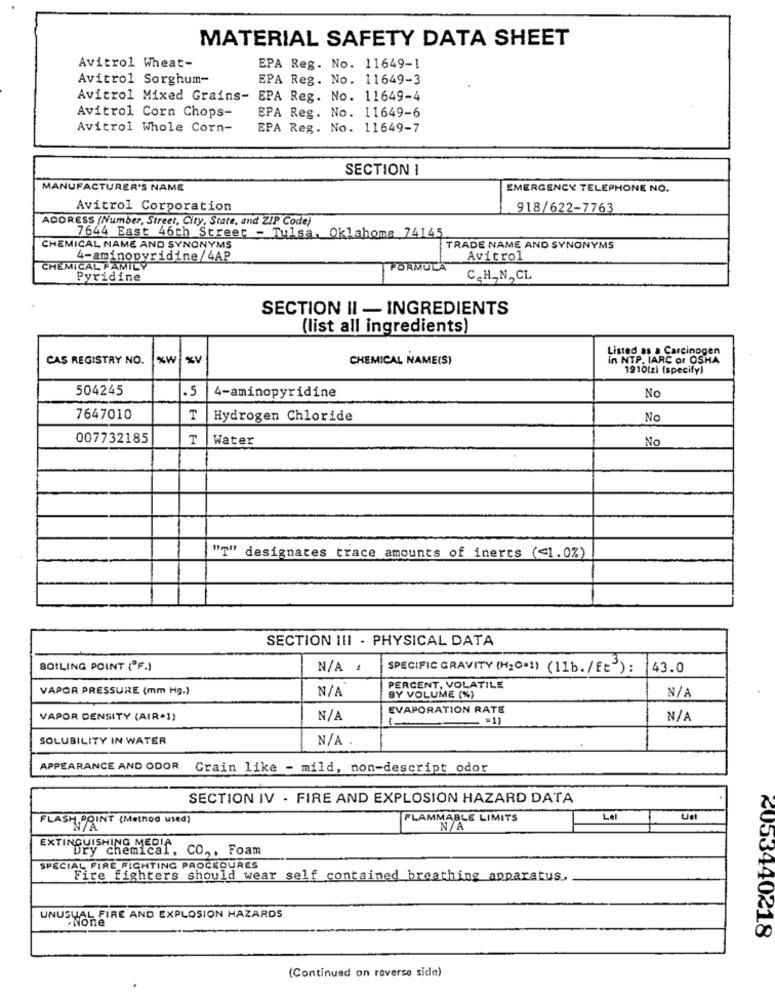
MATERIAL SAFETY DATA SHEET
Avitrol Wheat-
EPA Reg. No. 11649-1
Avitrol Sorghum-
EPA Reg. No. 11649-3
Avitrol Mixed Grains- EPA Reg. No. 11649-4
Avitrol Corn Chops-
EPA Reg. No. 11649-6
Avitrol Whole Corn-
EPA Reg. No. 11649-7
SECTION 1
MANUFACTURER'S NAME
EMERGENCY TELEPHONE NO.
Avitrol Corporation
918/622-7763
ADDRESS (Number, Street, City, State, and ZIP Code)
7644 East 46th Street - Tulsa, Oklahoma 74145
CHEMICAL NAME AND SYNONYMS
TRADE NAME AND SYNONYMS
4-aminopyridine/4AP
Avitrol
CHEMICAL FAMILY
FORMULA
Pyridine
C.HAN,CL
SECTION II - INGREDIENTS
(list all ingredients)
Listed as a Carcinogen
CAS REGISTRY NO.
xw
CHEMICAL NAME(S)
in NTP. IARC or OSHA
1910(zi (specify)
504245
.5
4-aminopyridine
No
7647010
T
Hydrogen Chloride
No
007732185
Water
No
"T" designates trace amounts of inerts (<1.0%)
SECTION III - PHYSICAL DATA
BOILING POINT ("F.)
N/A 1
SPECIFIC GRAVITY (H2O=]) (11b./ft"):
43.0
VAPOR PRESSURE (mm Hg.)
PERCENT, VOLATILE
BY VOLUME (%)
EVAPORATION RATE
VAPOR DENSITY (AIR-1)
= = 1)
SOLUBILITY IN WATER
APPEARANCE AND ODOR Grain like - mild, non-descript odor
SECTION IV - FIRE AND EXPLOSION HAZARD DATA
FLASH POINT ( Method used )
FLAMMABLE LIMITS
Lel
EXTINGUISHING MEDIA
chemical, CO .,, Foam
SPECIAL FIRE FIGHTING PROCEDURES
Fire fighters should wear self contained breathing apparatus,
NALFIRE AND EXPLOSION HAZARDS
2053440218
(Continued on roverse side)